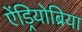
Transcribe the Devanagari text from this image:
ऐंड्रियोब्रिया